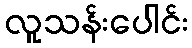
လူသန်းပေါင်း